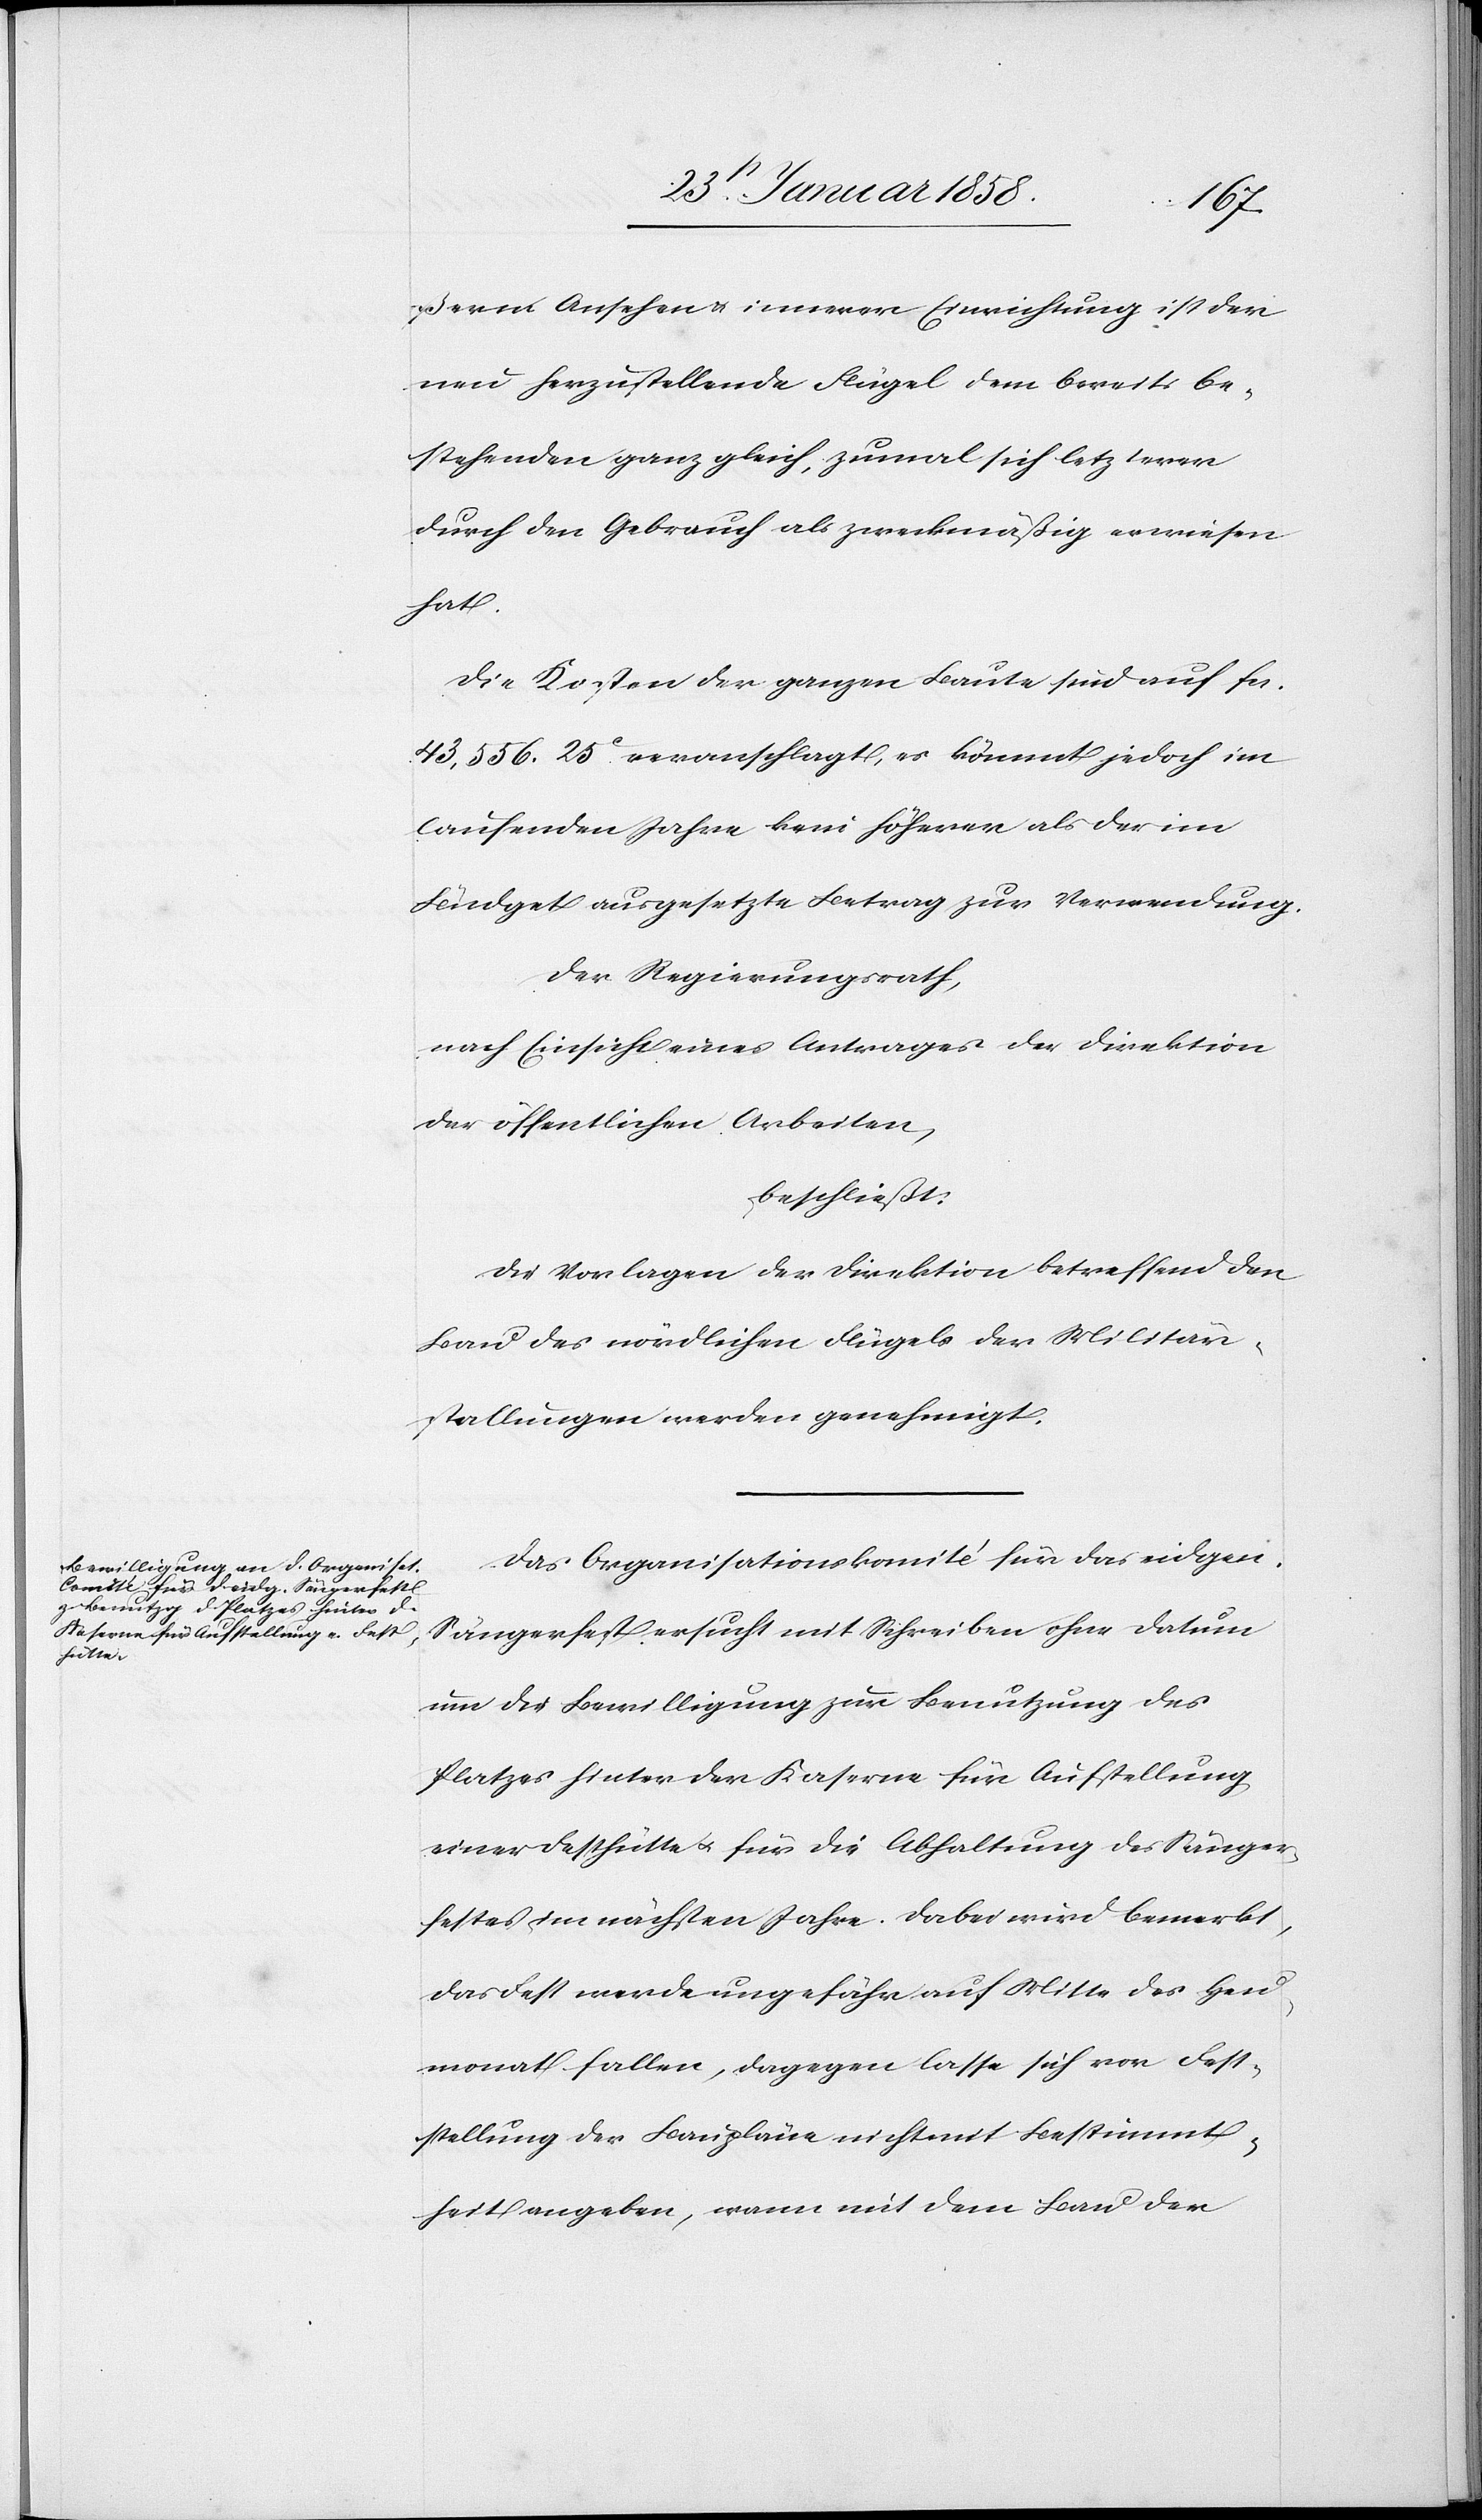
ßerm Ansehen u. innerer Einrichtung ist der
neu herzustellende Flügel dem bereits be¬
stehenden ganz gleich, zumal sich letzterer
durch den Gebrauch als zweckmäßig erwiesen
hat.
Die Kosten der ganzen Baute sind auf fcs.
43,556. 25 C veranschlagt, es kömmt jedoch im
laufenden Jahre kein höherer als der im
Büdget ausgesetzte Betrag zur Verwendung.
Der Regierungsrath,
nach Einsicht eines Antrages der Direktion
der öffentlichen Arbeiten,
beschließt:
Die Vorlagen der Direktion betreffend den
Bau des nördlichen Flügels der Militär¬
stallungen werden genehmigt.
Das Organisationskomité für das eidgen.
Sängerfest ersucht mit Schreiben ohne Datum
um die Bewilligung zur Benutzung des
Platzes hinter der Kaserne für Aufstellung
einer Festhütte u. für die Abhaltung des Sänger¬
festes im nächsten Jahre. Dabei wird bemerkt,
das Fest werde ungefähr auf Mitte des Heu¬
monat fallen, dagegen lasse sich vor Fest¬
stellung der Baupläne nicht mit Bestimmt¬
heit angeben, wann mit dem Bau der